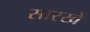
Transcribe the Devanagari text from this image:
सारखें